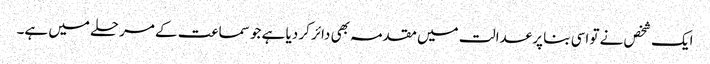
ایک شخص نے تو اسی بنا پر عدالت میں مقدمہ بھی دائر کر دیا ہے جو سماعت کے مرحلے میں ہے۔